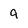
Character: g